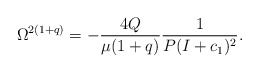
\begin{align*}\Omega^{2(1+q)}=-\frac{4Q}{\mu (1+q)} \frac{1}{P(I+c_1)^2}.\end{align*}